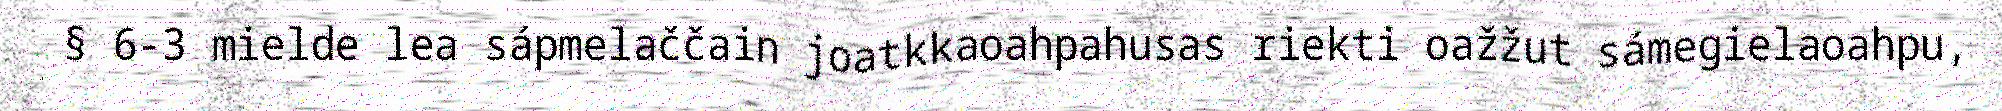
§ 6-3 mielde lea sápmelaččain joatkkaoahpahusas riekti oažžut sámegielaoahpu,